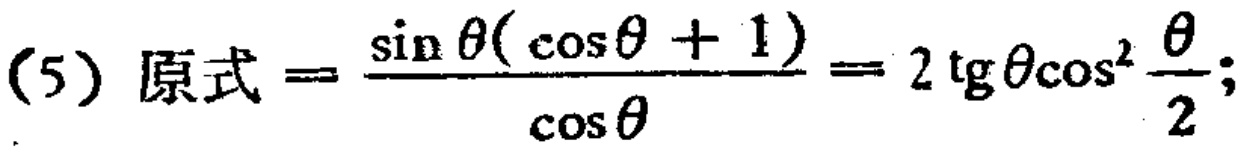
(5) 原式$=\frac{\sin\theta(\cos\theta + 1)}{\cos\theta}=2\operatorname{tg}\theta\cos^{2}\frac{\theta}{2};$